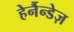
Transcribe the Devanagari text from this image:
हेर्नैन्डेज़